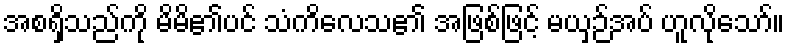
အစရှိသည်ကို မိမိ၏ပင် သံကိလေသ၏ အဖြစ်ဖြင့် မယှဉ်အပ် ဟူလိုသော်။